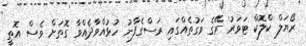
ރޯޔަލް ކްލޮކް ޓަވަރު' ރޭގެ ވަގުތެއްގައި ރަސްގެފާނު ހުޅުއްވާދެއްވާ ގޮތަށް ވެސް އޮތީ